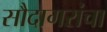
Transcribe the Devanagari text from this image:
सौदागरांचा